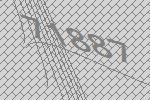
71887